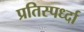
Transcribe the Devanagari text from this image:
प्रतिस्पर्ध्दा